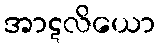
အာဋလိယော